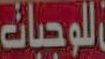
للوجبات